Indian journal of veterinary science and animal husbandry - Volumes 22-23, 1952-1953
Year: 1952
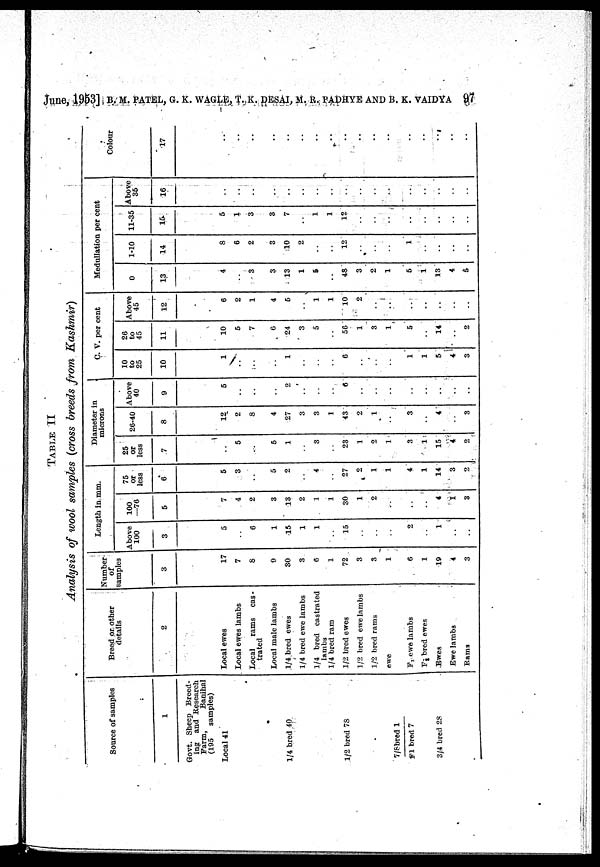
June, 1953] B. M. PATEL, G. K. WAGLE, T. K. DESAI, M. R. PADHYE AND B. K. VAIDYA 97
TABLE II
Analysis of wool samples (cross breeds from
Kashmir)
Source of samples
1
Govt. Sheep Breed-
ing and Research
Farm,
Banihal
(195
samples)
Local 41
1/4 bred 40
1/2 bred 78
•
7/8bred 1
F1 bred 7
3/4 bred 2S
Breed or other
details
2
Local ewes
Local ewes lambs
Local
rams cas -
trated
Local male lambs
1/4 bred ewes
1/4 bred ewe lambs
1/4 bred castrated
lambs
1/4 bred ram
1/2 bred ewes
1/2 bred ewe Iambs
1/2 bred rams
ewe
F 1 ewe lambs
F 1 bred ewes
Ewes
Ewe lambs
Rams
Number
of
samples
3
17
7
8
9
30
3
6
1
72
3
3
1
6
1
19
4
3
Length in mm.
Above
100
3
5
6
1
15
1
1
15
2
1
100
—76
5
7
4
2
3
13
2
1
1
30
1
2
..
4
I
3
75
or
less
6
5
3
5
2
4
27
2
1
1
4
1
14
3
2
Diameter in
1
microns
25
or
less
7
5
5
1
3
23
1
2
1
3
1:
15
4
2
26-40
8
12
2
8
4
27
3
3
1
43
2
1
3
4
3
Above
40
9
5
2
6
C. V. per cent
10
to
25
10
1
..
1
6
1
1
5
4
3
26
to
45
11
10
5
7
6
24
3
5
56
1
3
1
5
14
2
Above
45
12
6
2
1
4
5
..
1
1
10
2
..
Medullation per cent
0
13
4
- 3
3
13
1
5
48
3
2
1
5
1
13
4
5
1-10
14
8
6
2
3
10
2
12
1
11-35
15
5
1
3
3
7
1
1
12
Above
35
16
Colour
•17
..
..
..